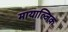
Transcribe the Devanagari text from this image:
मायाल्जिक